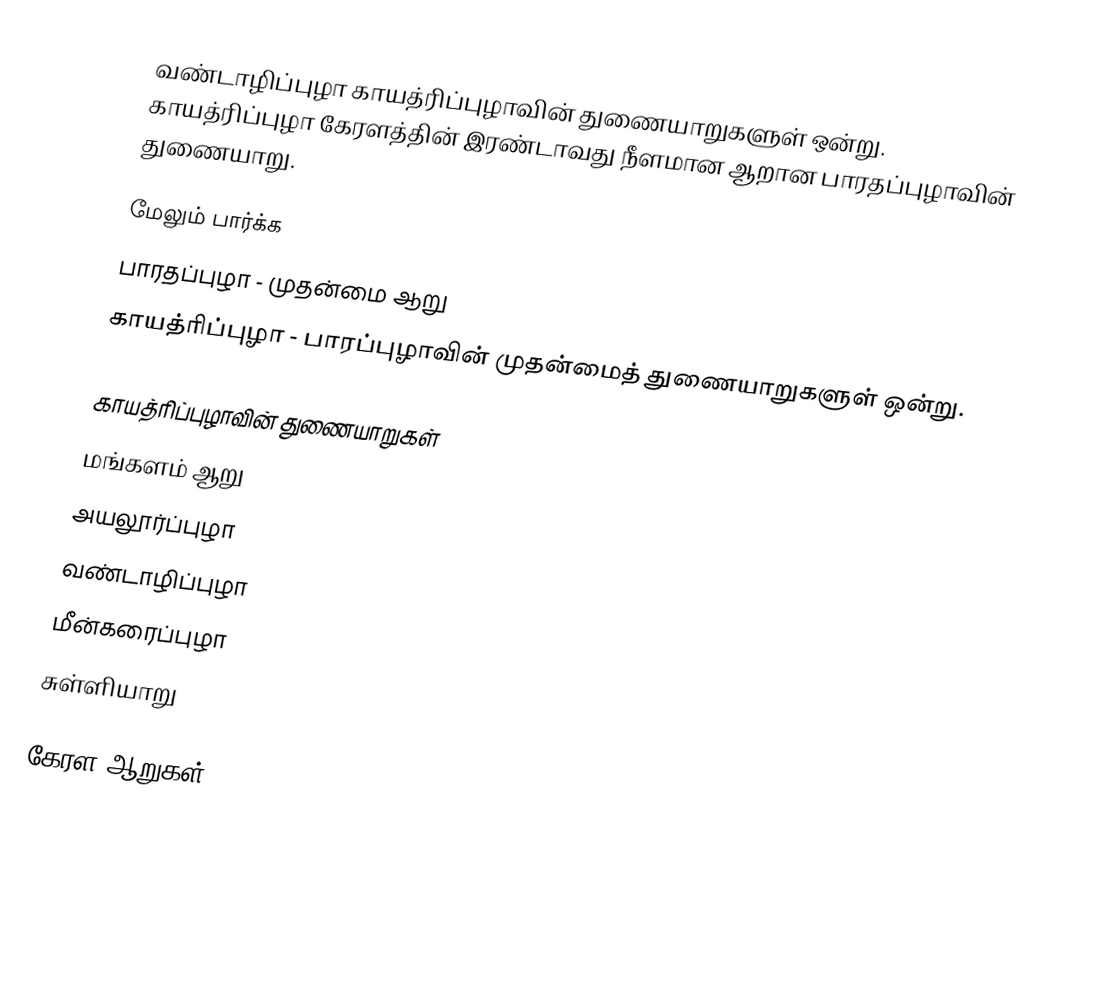
வண்டாழிப்புழா காயத்ரிப்புழாவின் துணையாறுகளுள் ஒன்று. காயத்ரிப்புழா கேரளத்தின் இரண்டாவது நீளமான ஆறான பாரதப்புழாவின் துணையாறு.

மேலும் பார்க்க
பாரதப்புழா - முதன்மை ஆறு
காயத்ரிப்புழா - பாரப்புழாவின் முதன்மைத் துணையாறுகளுள் ஒன்று.

காயத்ரிப்புழாவின் துணையாறுகள்
மங்களம் ஆறு
அயலூர்ப்புழா
வண்டாழிப்புழா
மீன்கரைப்புழா
சுள்ளியாறு

கேரள ஆறுகள்